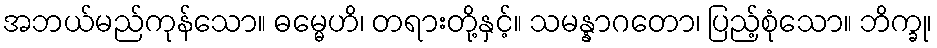
အဘယ်မည်ကုန်သော။ ဓမ္မေဟိ၊ တရားတို့နှင့်။ သမန္နာဂတော၊ ပြည့်စုံသော။ ဘိက္ခု၊